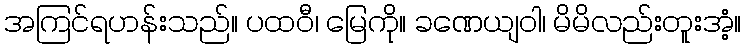
အကြင်ရဟန်းသည်။ ပထဝီ၊ မြေကို။ ခဏေယျဝါ၊ မိမိလည်းတူးအံ့။